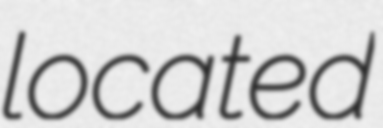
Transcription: located